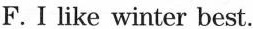
F.I like winter best.